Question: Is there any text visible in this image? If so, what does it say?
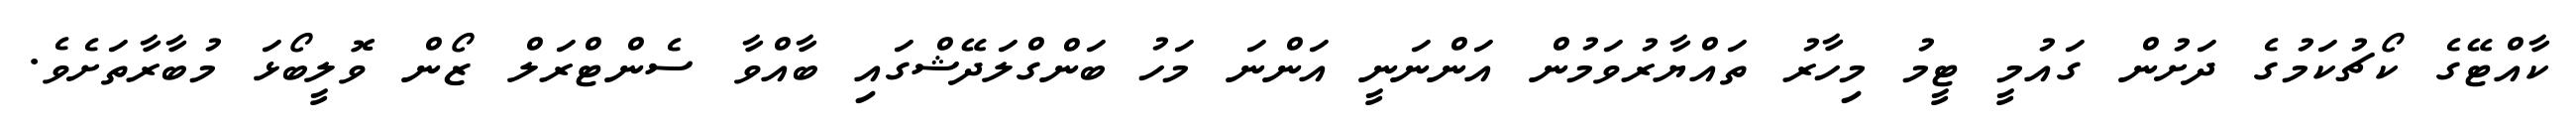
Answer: ކާއްޓޭގެ ކޯޗުކަމުގެ ދަށުން ގައުމީ ޓީމު މިހާރު ތައްޔާރުވަމުން އަންނަނީ އަންނަ މަހު ބަންގްލަދޭޝްގައި ބާއްވާ ސެންޓްރަލް ޒޯން ވޮލީބޯޅަ މުބާރާތަށެވެ.